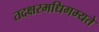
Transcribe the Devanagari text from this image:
तदक्षरमधिगम्यते